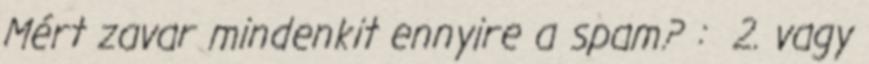
Mért zavar mindenkit ennyire a spam? : 2. vagy